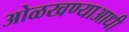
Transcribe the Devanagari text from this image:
ओळखण्याआधी